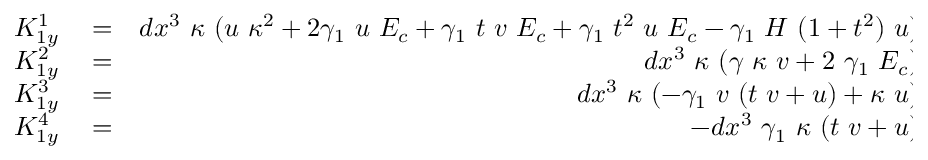
\begin{array} { r l r } { K _ { 1 y } ^ { 1 } } & { { } = } & { d x ^ { 3 } ~ \kappa ~ ( u ~ \kappa ^ { 2 } + 2 \gamma _ { 1 } ~ u ~ E _ { c } + \gamma _ { 1 } ~ t ~ v ~ E _ { c } + \gamma _ { 1 } ~ t ^ { 2 } ~ u ~ E _ { c } - \gamma _ { 1 } ~ H ~ ( 1 + t ^ { 2 } ) ~ u ) } \\ { K _ { 1 y } ^ { 2 } } & { { } = } & { d x ^ { 3 } ~ \kappa ~ ( \gamma ~ \kappa ~ v + 2 ~ \gamma _ { 1 } ~ E _ { c } ) } \\ { K _ { 1 y } ^ { 3 } } & { { } = } & { d x ^ { 3 } ~ \kappa ~ ( - \gamma _ { 1 } ~ v ~ ( t ~ v + u ) + \kappa ~ u ) } \\ { K _ { 1 y } ^ { 4 } } & { { } = } & { - d x ^ { 3 } ~ \gamma _ { 1 } ~ \kappa ~ ( t ~ v + u ) } \end{array}